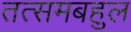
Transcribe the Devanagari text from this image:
तत्समबहुल